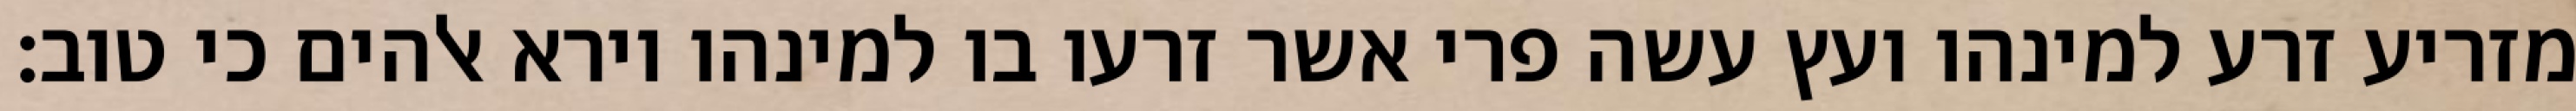
מזריע זרע למינהו ועץ עשה פרי אשר זרעו בו למינהו וירא אלהים כי טוב׃